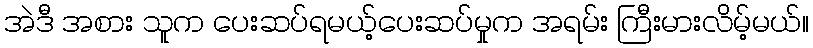
အဲဒီ အစား သူက ပေးဆပ်ရမယ့်ပေးဆပ်မှုက အရမ်း ကြီးမားလိမ့်မယ်။